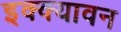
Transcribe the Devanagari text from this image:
इक्क्यावन